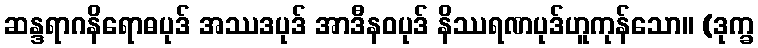
ဆန္ဒရာဂနိရောဓပုဒ် အဿဒပုဒ် အာဒီနဝပုဒ် နိဿရဏပုဒ်ဟူကုန်သော။ (ဒုက္ခ